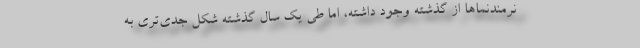
نرمندنماها از گذشته وجود داشته، اما طی یک سال گذشته شکل جدی‌تری به